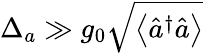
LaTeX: \Delta_{a}\gg g_{0}\sqrt{\left\langle\hat{a}^{\dagger}\hat{a}\right\rangle}